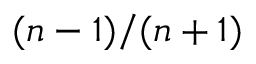
( n - 1 ) / ( n + 1 )